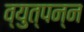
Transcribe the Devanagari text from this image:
व्‍युत्‍पन्‍न